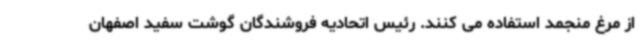
از مرغ منجمد استفاده می کنند. رئیس اتحادیه فروشندگان گوشت سفید اصفهان